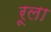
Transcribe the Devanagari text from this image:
रूला